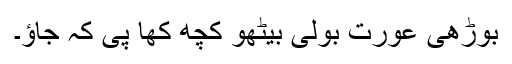
بوڑھی عورت بولی بیٹھو کچھ کھا پی کہ جاؤ۔